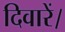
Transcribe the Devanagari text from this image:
दिवारें।